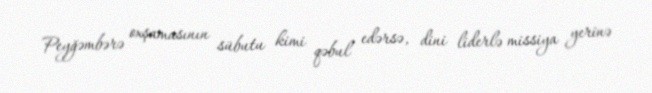
Peyğəmbərə oxşamasının sübutu kimi qəbul edərsə, dini liderlə missiya yerinə